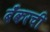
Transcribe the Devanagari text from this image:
बँकरची